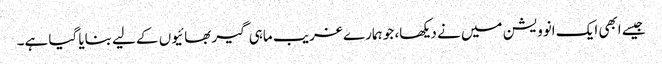
جیسے ابھی ایک انوویشن میں نے دیکھا، جو ہمارے غریب ماہی گیر بھائیوں کے لیے بنایا گیا ہے۔